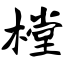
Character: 樘